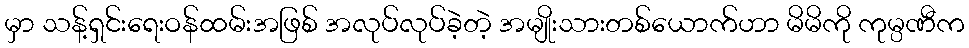
မှာ သန့်ရှင်းရေးဝန်ထမ်းအဖြစ် အလုပ်လုပ်ခဲ့တဲ့ အမျိုးသားတစ်ယောက်ဟာ မိမိကို ကုမ္ပဏီက